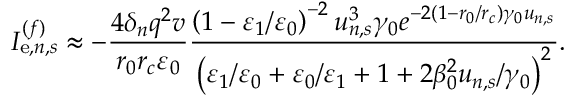
I _ { \mathrm { e } , n , s } ^ { ( f ) } \approx - \frac { 4 \delta _ { n } q ^ { 2 } v } { r _ { 0 } r _ { c } \varepsilon _ { 0 } } \frac { \left( 1 - \varepsilon _ { 1 } / \varepsilon _ { 0 } \right) ^ { - 2 } u _ { n , s } ^ { 3 } \gamma _ { 0 } e ^ { - 2 \left( 1 - r _ { 0 } / r _ { c } \right) \gamma _ { 0 } u _ { n , s } } } { \left( \varepsilon _ { 1 } / \varepsilon _ { 0 } + \varepsilon _ { 0 } / \varepsilon _ { 1 } + 1 + 2 \beta _ { 0 } ^ { 2 } u _ { n , s } / \gamma _ { 0 } \right) ^ { 2 } } .